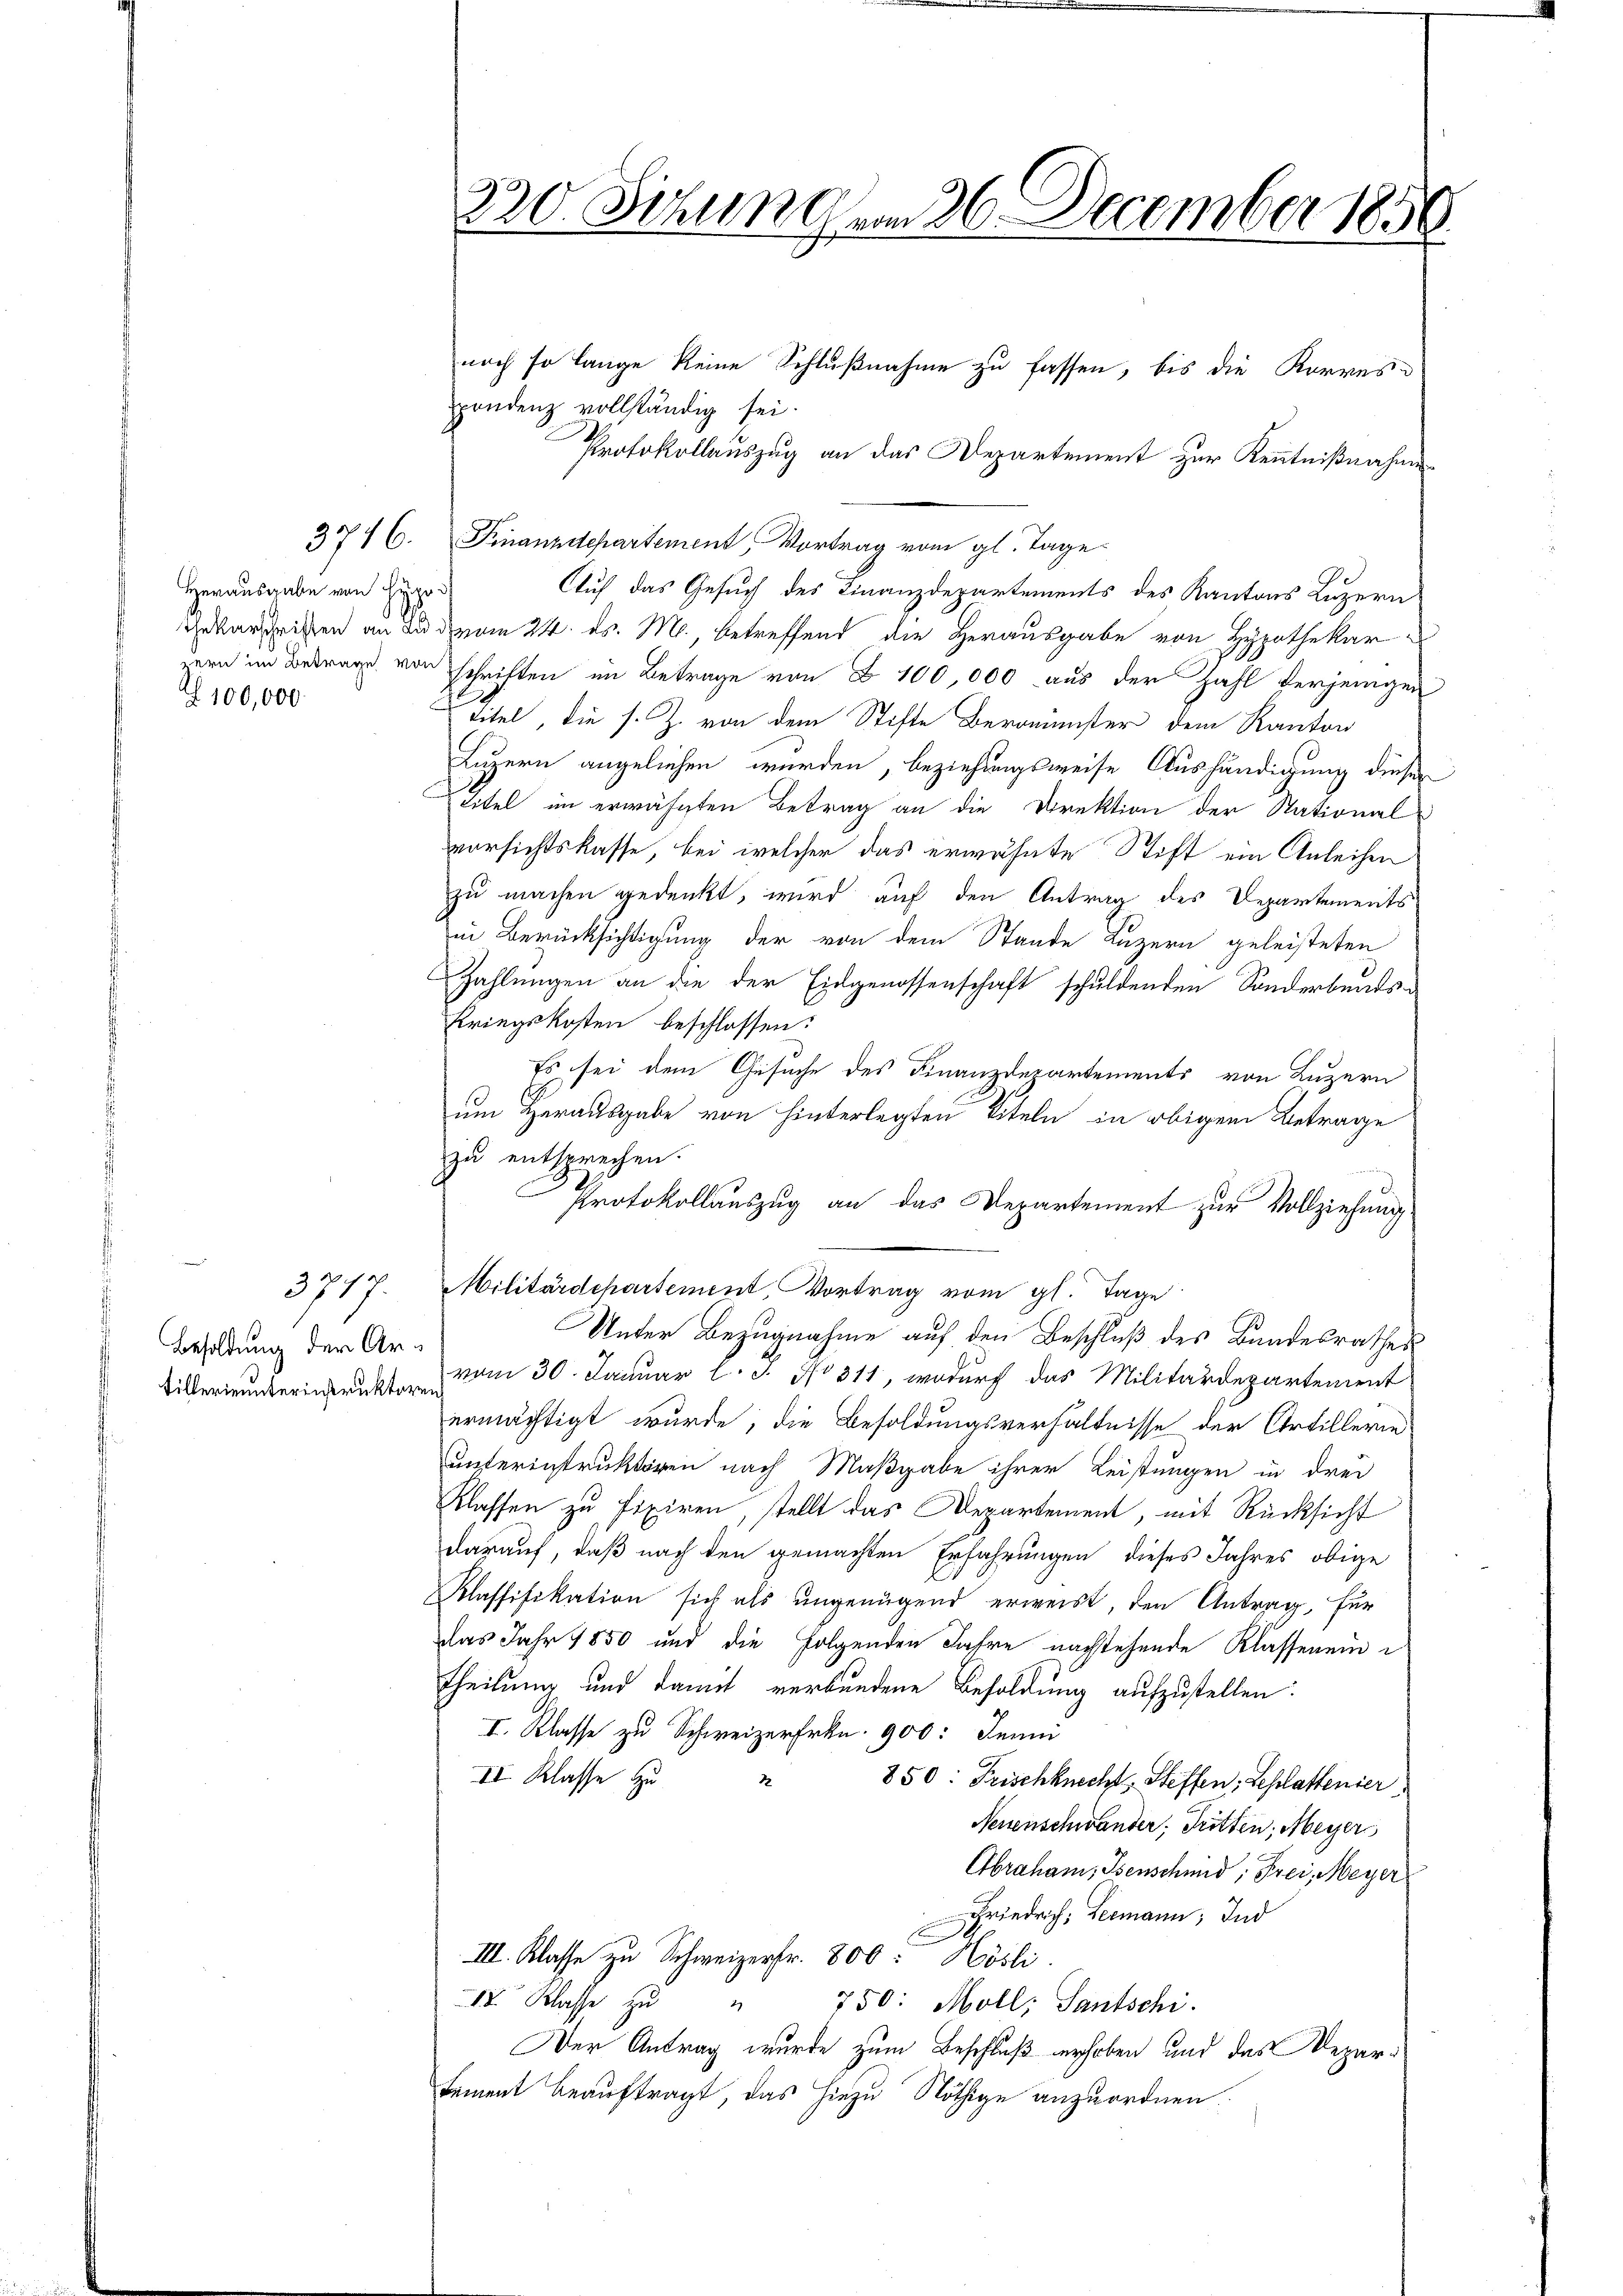
Herausgabe von Hypo¬
100,000

3717.

3716.

Besoldung der Ar¬

noch so lange keine Schlußnahme zu fassen, bis die Korrespondenz vollständig sei.
Protokollauszug an das Departement zur Kenntnißnahme
Finanzdepartement, Vortrag vom gl. Tage
Auf das Gesuch des Finanzdepartements des Kantons Luzern
barschriften an du vom 24. ds. M., betreffend die Herausgabe von Hypothekar
ern im Betrag von schriften im Betrage von B. 100,000 aus der Zahl verjenigen
titel, die s. Z. von dem Stifte Beroester dem Kanton
Luzern angeliehen werden, beziehungsweise Aushändigung dieser
Titel im erwähnten Betrag an die Direktion der National
vorsichtskasse, bei welcher das erwähnte Stift ein Anleihen
zu machen gedenkt, wird auf den Antrag des Departements
in Berücksichtigung der von dem Stande Luzern geleisteten
Zahlungen an die der Eidgenossenschaft schuldenden Sonderbands-
kriegskosten beschlossen:
Es sei dem Gesuche des Finanzdepartements von Luzern
um Herausgabe von hinterlegten Titeln in obigem Betrage
zu entsprechen.
C
Protokollauszug an das Departement zur Vollziehung
Militärdepartement, Vortrag vom gl. Tage
Unter Bezugnahme auf den Beschluß des Bundesrathes
illerinnern vom 30. Januar l. J. No 311, wodurch das Militärdepartement
ermächtigt wurde; die Besoldungsverhältnisse der Artillerie
unterinstruktoren nach Maßgabe ihrer Leistungen in drei
Klassen zu fixiren, stellt das Departement, mit Rücksicht
darauf, daß nach den gemachten Erfahrungen dieses Jahres obige
Klassifikation sich als ungenügend erweist, den Antrag, für
das Jahr 1850 und die Folgenden Jahre nachstehende Klassenein i
theilung und damit verbundene Besoldung aufzustellen:
I. Klasse zu Schweizerfrkn. 900: Jenni
II. Klasse zu
2
850: Frischknecht, Steffen, Sehlattenier
Neuenschwander, Tritten, Meyer
Abraham, Isenschmid, Frei Meyer
Friedrich, Leemann, Ind
III. Klasse zu Schweizerfr. 800 Hösli
II. Klasse zŭ " 750: Moll; Santschi.
Der Antrag wurde zum Beschluß erhoben und das Departement beauftragt, das hiezu Nöthige anzuordnen.

220. Seinen am 26. December 1856.